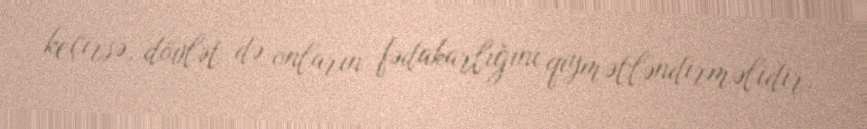
keçirsə, dövlət də onların fədakarlığını qiymətləndirməlidir.